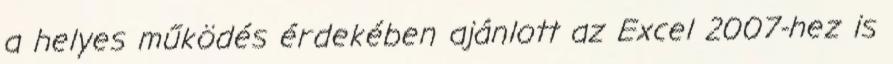
a helyes működés érdekében ajánlott az Excel 2007-hez is